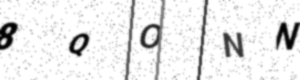
Text: 8QONN